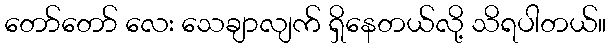
တော်တော် လေး သေချာလျက် ရှိနေတယ်လို့ သိရပါတယ်။